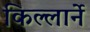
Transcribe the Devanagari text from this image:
किल्लार्ने